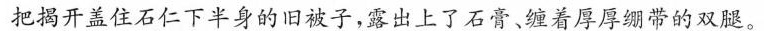
把揭开盖住石仁下半身的旧被子，露出上了。石膏，缠着厚厚带的双腿。